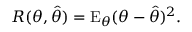
R ( \theta , { \hat { \theta } } ) = \operatorname { E } _ { \theta } ( \theta - { \hat { \theta } } ) ^ { 2 } .